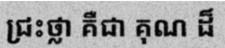
ជ្រះថ្លា គឺជា គុណ ដ៏